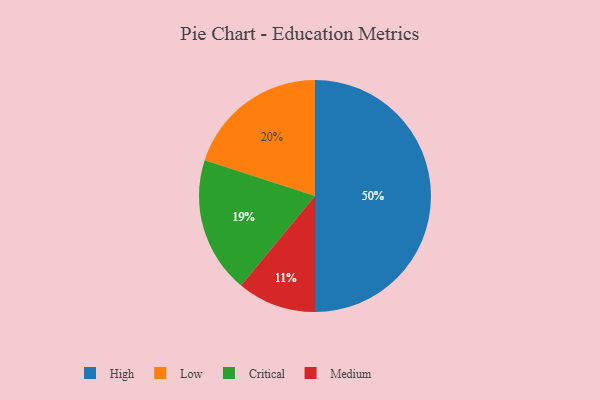
{"axis": {"x": "Category", "y": "Percentage"}, "legend": ["Critical", "High", "Low", "Medium"], "data": [{"x": "High", "y": 50, "type": "High"}, {"x": "Low", "y": 20, "type": "Low"}, {"x": "Medium", "y": 11, "type": "Medium"}, {"x": "Critical", "y": 19, "type": "Critical"}]}